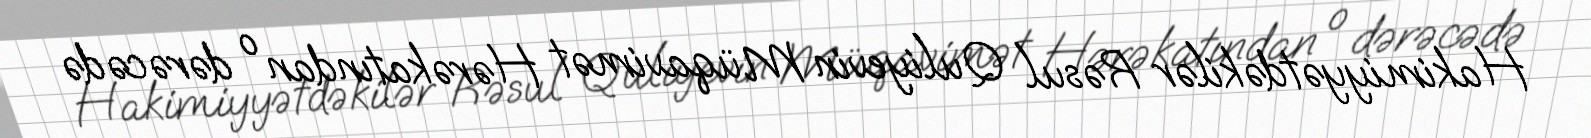
Hakimiyyətdəkilər Rəsul Quliyevin Müqavimət Hərəkatından o dərəcədə